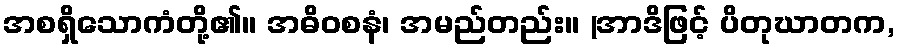
အစရှိသောကံတို့၏။ အဓိဝစနံ၊ အမည်တည်း။ (အာဒိဖြင့် ပိတုဃာတက,